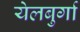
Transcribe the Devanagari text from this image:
येलबुर्गा